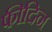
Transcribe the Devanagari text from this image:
फीदिन